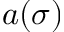
a ( \sigma )